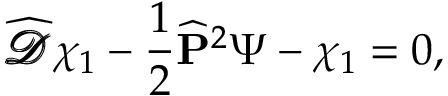
{ \widehat { \pmb { \mathscr { D } } } } \chi _ { 1 } - { \frac { 1 } { 2 } } { \widehat { \bf P } } ^ { 2 } \Psi - \chi _ { 1 } = 0 ,